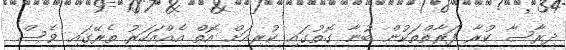
ދިރާސާ ކުރާ ފަރާތްތަކުން ބުނާ ގޮތުގައި ކުރިއަށް އޮތް އެއްއަހަރު ތެރޭގައި ވެސް